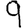
Digit: 9